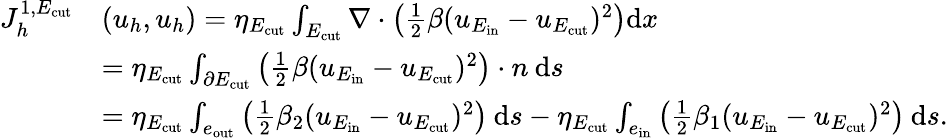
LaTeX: \begin{array}{rl}{J_{h}^{1,E_{\mathrm{cut}}}}&{(u_{h},u_{h})=\eta_{E_{\mathrm{cut}}}\int_{E_{\mathrm{cut}}}\nabla\cdot\left(\frac 12\beta(u_{E_{\mathrm{in}}}-u_{E_{\mathrm{cut}}})^{2}\right)\mathrm{d}x}\\ &{=\eta_{E_{\mathrm{cut}}}\int_{\partial E_{\mathrm{cut}}}\left(\frac 12\beta(u_{E_{\mathrm{in}}}-u_{E_{\mathrm{cut}}})^{2}\right)\cdot n\: \mathrm{d}{s}}\\ &{=\eta_{E_{\mathrm{cut}}}\int_{e_{\mathrm{out}}}\left(\frac 12\beta_{2}(u_{E_{\mathrm{in}}}-u_{E_{\mathrm{cut}}})^{2}\right)\: \mathrm{d}{s}-\eta_{E_{\mathrm{cut}}}\int_{e_{\mathrm{in}}}\left(\frac 12\beta_{1}(u_{E_{\mathrm{in}}}-u_{E_{\mathrm{cut}}})^{2}\right)\: \mathrm{d}{s}.}\end{array}